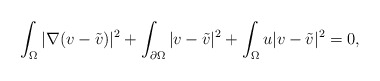
\begin{align*}\int_{\Omega}|\nabla(v-\tilde{v}) |^{2}+\int_{\partial\Omega}|v-\tilde{v}|^{2}+\int_{\Omega}u|v-\tilde{v}|^{2}=0,\end{align*}